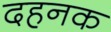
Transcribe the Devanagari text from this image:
दहनक